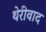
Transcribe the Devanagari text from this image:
थेरीवाद